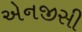
એનજીસી